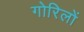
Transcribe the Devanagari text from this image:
गोरिलों